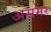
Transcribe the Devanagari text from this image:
असमर